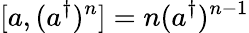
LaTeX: [a,(a^{\dagger})^{n}]=n(a^{\dagger})^{n-1}